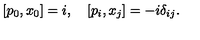
[ p _ { 0 } , x _ { 0 } ] = i , \quad [ p _ { i } , x _ { j } ] = - i \delta _ { i j } .